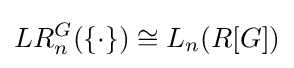
LR_{n}^{G}(\{\cdot \})\cong L_{n}(R[G])